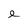
Character: e